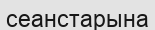
сеанстарына